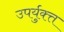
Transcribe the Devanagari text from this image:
उपर्युक्त्त